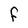
Character: F